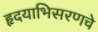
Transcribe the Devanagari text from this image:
हृदयाभिसरणचे